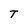
Character: T